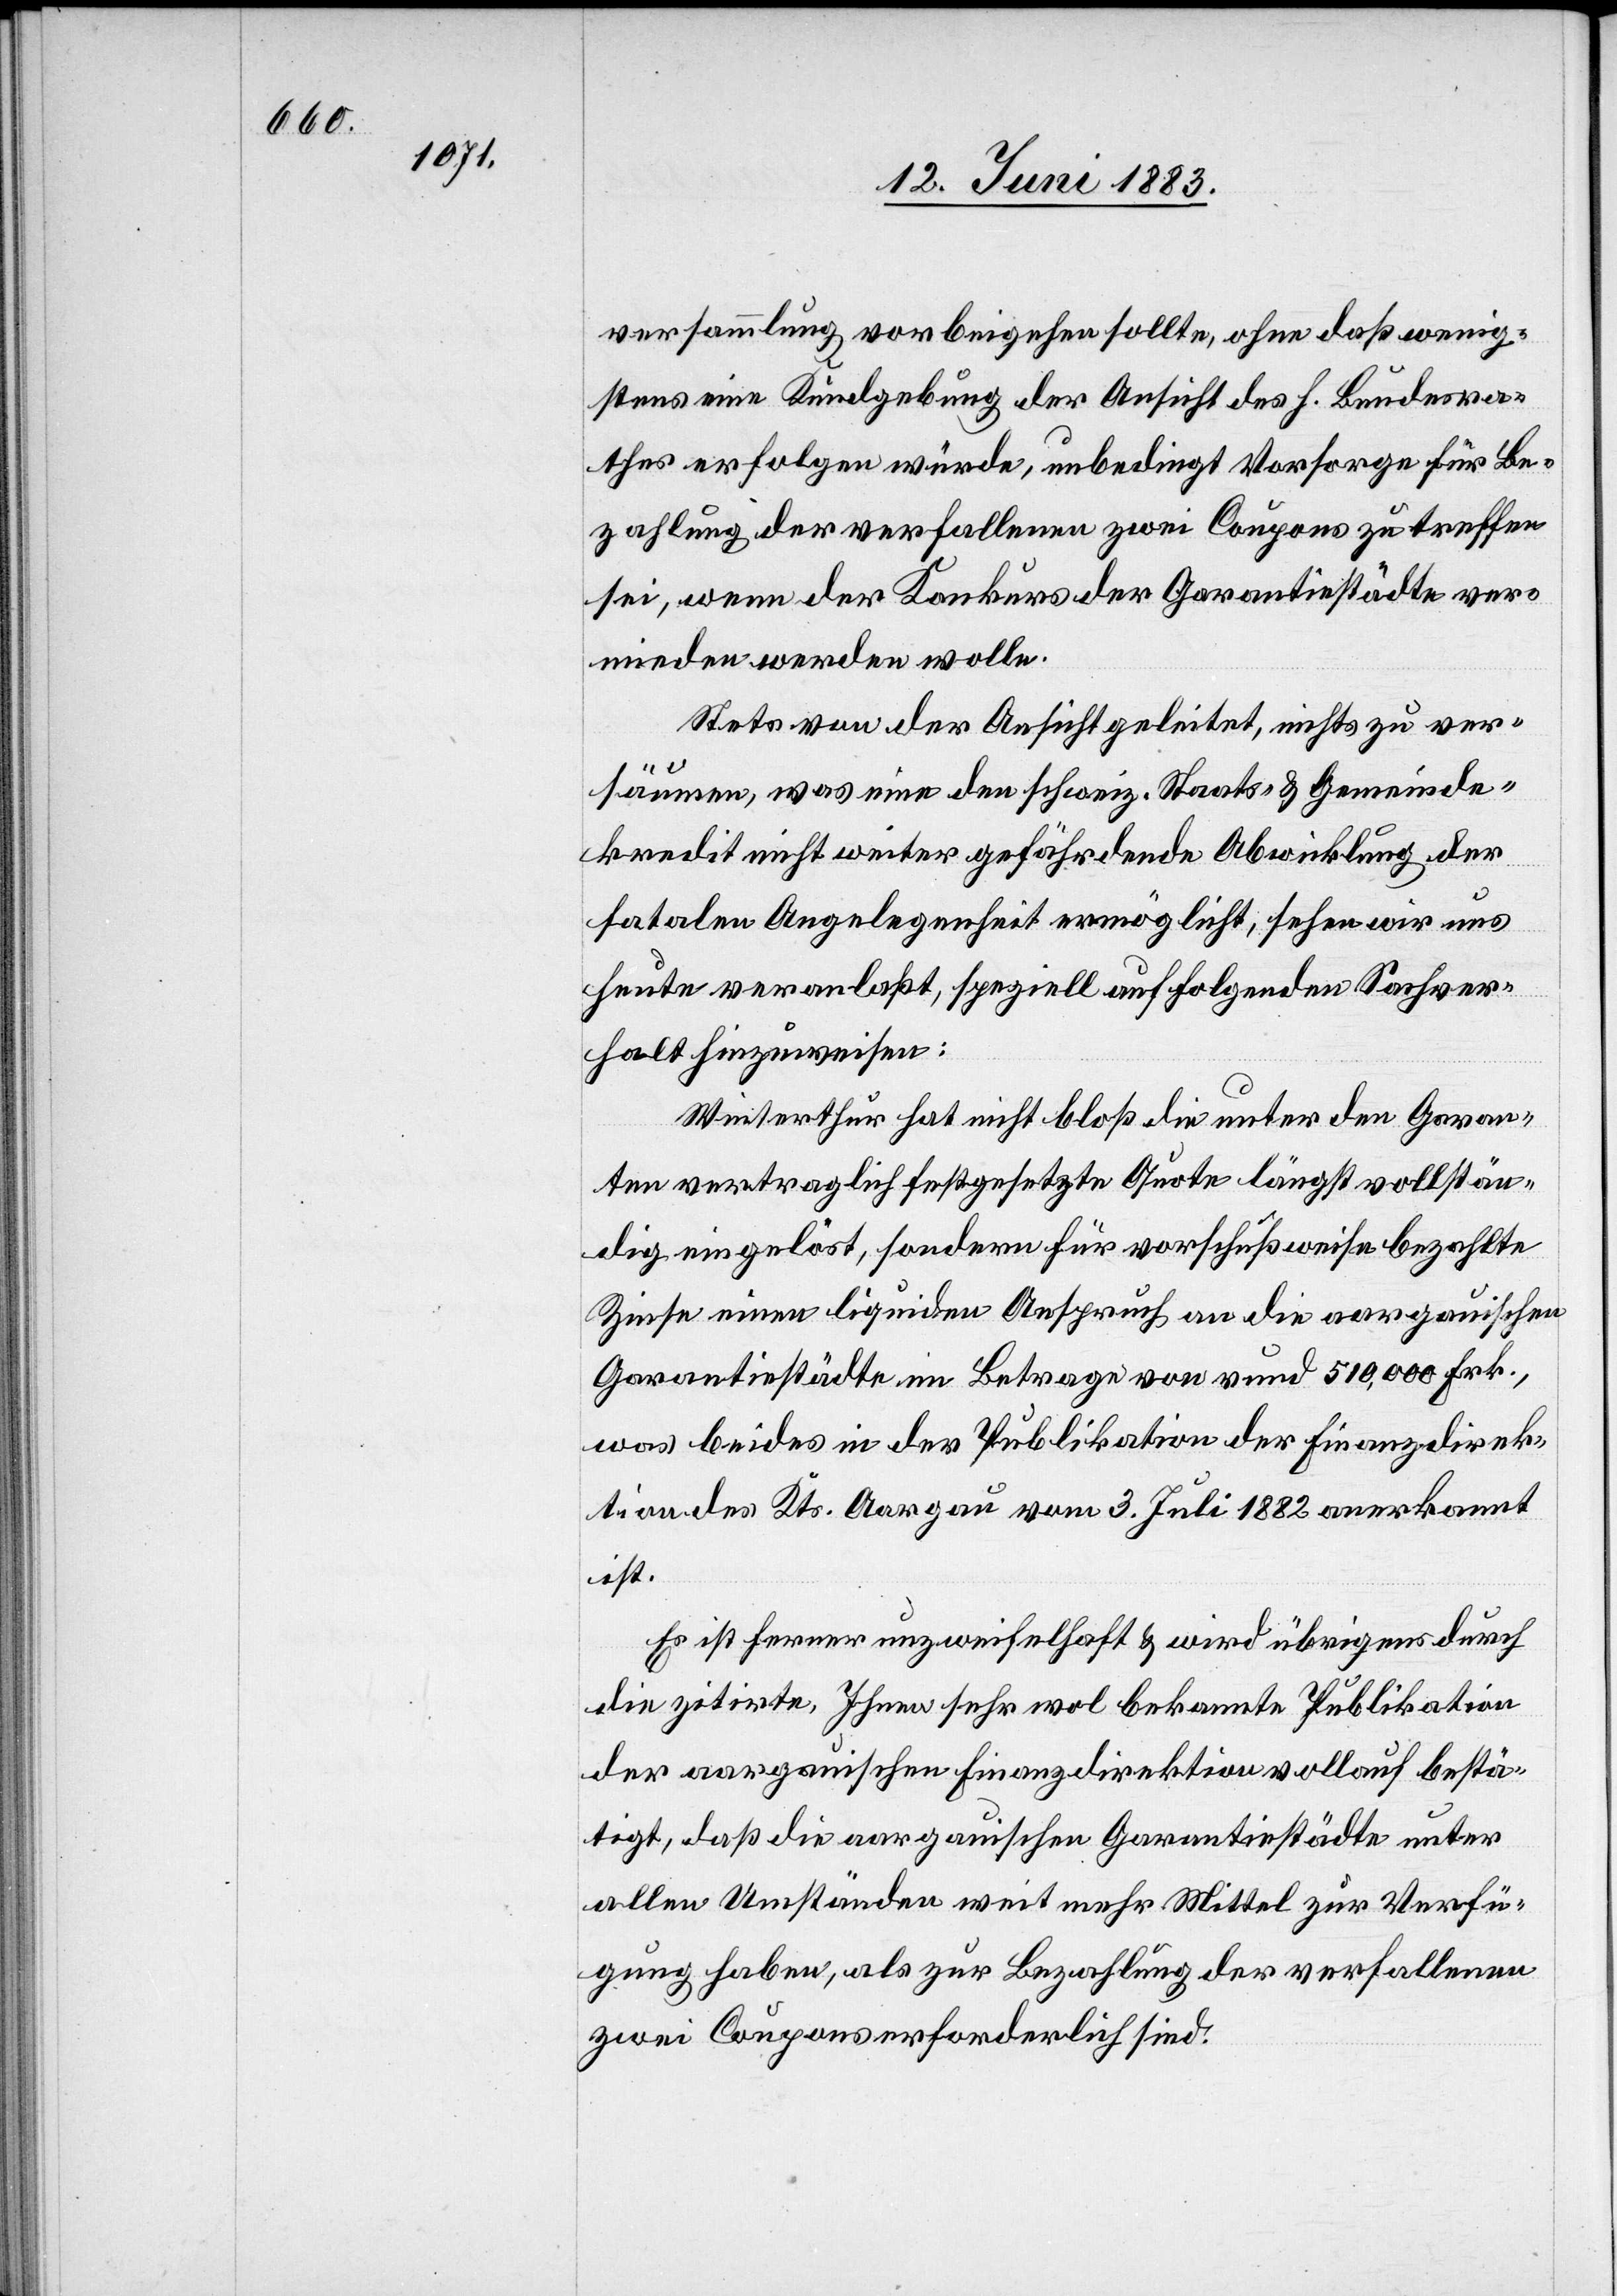
versammlung vorbeigehen sollte, ohne daß wenig¬
stens eine Kundgebung der Ansicht des h. Bundesra¬
thes erfolgen würde, unbedingt Vorsorge für Be¬
zahlung der verfallenen zwei Coupons zu treffen
sei, wenn der Konkurs der Garantiestädte ver¬
mieden werden wolle.
Stets von der Ansicht geleitet, nichts zu ver¬
säumen, was eine den schweiz. Staats- & Gemeinde¬
kredit nicht weiter gefährdende Abwicklung der
fatalen Angelegenheit ermöglicht, sehen wir uns
heute veranlaßt, speziell auf folgenden Sachver¬
halt hinzuweisen:
Winterthur hat nicht bloß die unter den Garan¬
ten vertraglich festgesetzte Quote längst vollstän¬
dig eingelöst, sondern für vorschußweise bezahlte
Zinse einen liquiden Anspruch an die aargauischen
Garantiestädte im Betrag von rund 510,000 Frk.,
was beides in der Publikation der Finanzdirek¬
tion des Kts. Aargau vom 3. Juli 1882 anerkannt
ist.
Es ist ferner unzweifelhaft & wird übrigens durch
die zitirte, Ihnen sehr wohl bekannte Publikation
der aargauischen Finanzdirektion vollauf bestä¬
tigt, daß die aargauischen Garantiestädte unter
allen Umständen weit mehr Mittel zur Verfü¬
gung haben, als zur Bezahlung der verfallenen
zwei Coupons erforderlich sind.